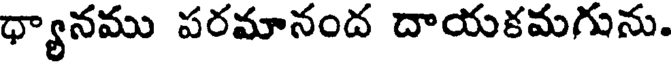
ధ్యానము పరమానంద దాయకమగును.